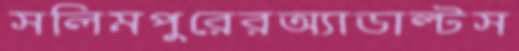
সলিমপুরেরঅ্যাডাল্টস